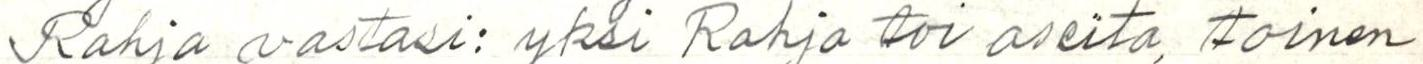
Rahja vastasi: yksi Rahja toi aseita, toinen